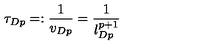
\tau _ { D p } = : \frac { 1 } { v _ { D p } } = \frac { 1 } { l _ { D p } ^ { p + 1 } }